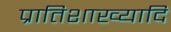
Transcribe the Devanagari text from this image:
प्रातिशाख्यादि